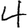
Digit: 4